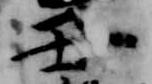
壬